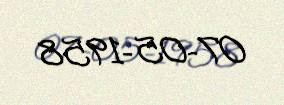
07-05-1958